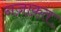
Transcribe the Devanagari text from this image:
नज़ाक़त